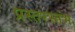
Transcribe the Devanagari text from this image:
प्रस्तरस्तंभ